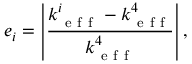
e _ { i } = \left| \frac { k _ { \mathrm { ~ e ~ f ~ f ~ } } ^ { i } - k _ { \mathrm { ~ e ~ f ~ f ~ } } ^ { 4 } } { k _ { \mathrm { ~ e ~ f ~ f ~ } } ^ { 4 } } \right| ,